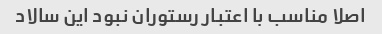
اصلا مناسب با اعتبار رستوران نبود این سالاد